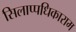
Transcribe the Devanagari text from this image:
सिलाप्पधिकाराम